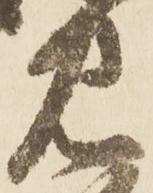
見